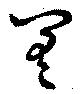
差